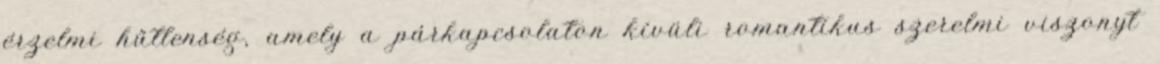
érzelmi hűtlenség, amely a párkapcsolaton kívüli romantikus szerelmi viszonyt